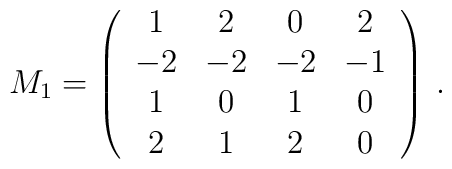
M_{1}=        \left( \begin{array}{cccc}        1 & 2 & 0 & 2 \\        -2 & -2 & -2 & -1 \\        1 & 0 & 1 & 0 \\        2 & 1 & 2 & 0        \end{array} \right) \, .